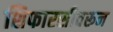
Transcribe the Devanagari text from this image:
शिफारसीवरून